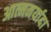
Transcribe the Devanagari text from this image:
आत्ममर्यादा